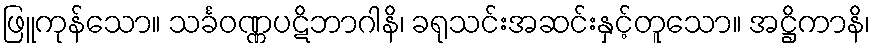
ဖြူကုန်သော။ သင်္ခဝဏ္ဏပဋိဘာဂါနိ၊ ခရုသင်းအဆင်းနှင့်တူသော။ အဋ္ဌိကာနိ၊